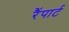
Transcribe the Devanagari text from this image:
रैंपार्ट